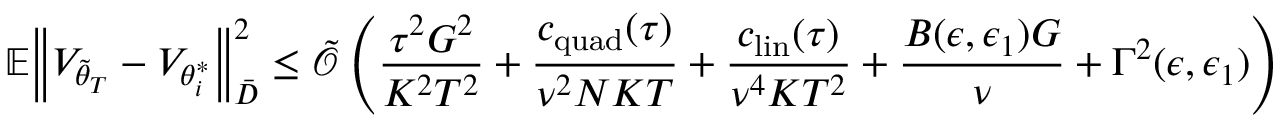
\mathbb { E } \Big \lVert V _ { \tilde { \theta } _ { T } } - V _ { \theta _ { i } ^ { * } } \Big \rVert _ { \bar { D } } ^ { 2 } \le \tilde { \mathcal { O } } \left( \frac { \tau ^ { 2 } G ^ { 2 } } { K ^ { 2 } T ^ { 2 } } + \frac { c _ { \mathrm { q u a d } } ( \tau ) } { \nu ^ { 2 } N K T } + \frac { c _ { \mathrm { l i n } } ( \tau ) } { \nu ^ { 4 } K T ^ { 2 } } + \frac { B ( \epsilon , \epsilon _ { 1 } ) G } { \nu } + \Gamma ^ { 2 } ( \epsilon , \epsilon _ { 1 } ) \right)